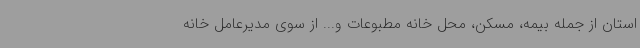
استان از جمله بیمه، مسکن، محل خانه مطبوعات و... از سوی مدیرعامل خانه